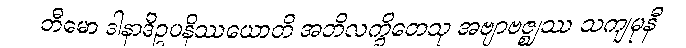
ဘီမော ဒါနာဒိဥပနိဿယောတိ အဘိလက္ခိတေသု အဗျာဗဇ္ဈဿ သကျမုနီ